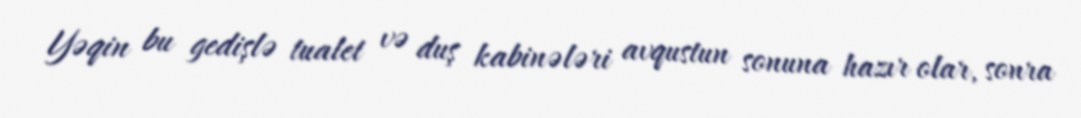
Yəqin bu gedişlə tualet və duş kabinələri avqustun sonuna hazır olar, sonra